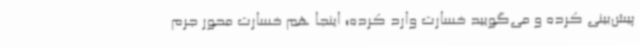
پیش‌بینی کرده و می‌گویید خسارت وارد کرده؛ اینجا هم خسارت محور جرم